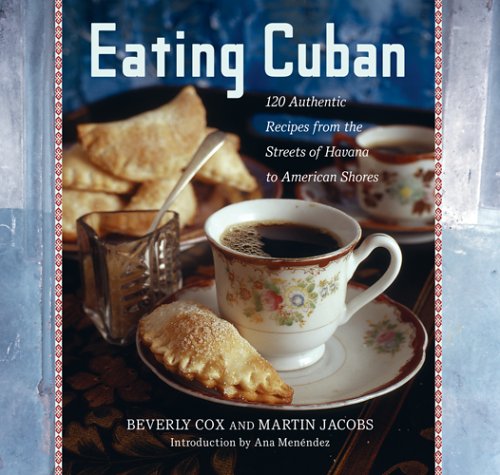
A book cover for Eating Cuban: 120 Authentic Recipes from the Streets of Havana to American Shores; Beverly Cox; Cookbooks, Food & Wine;